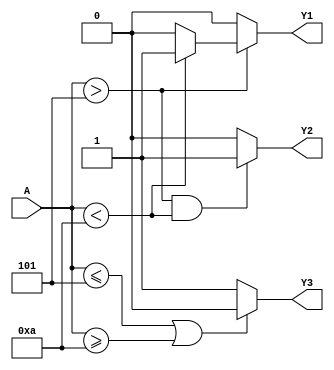
// Ch07 comp_2.v
//  (BlX)

module comp_2 (A, Y1, Y2, Y3);
input  [3:0] A;		// A |J
output Y1,Y2,Y3;	// @X
reg    Y1,Y2,Y3;	// is

// _ if
always@ (A)
  if (A > 5) 
    if (A < 10)   Y1 = 1;
    else          Y1 = 0;
  else            Y1 = 0;

// && BlX
always@ (A)
  if (A > 5 && A < 10)   Y2 = 1;
  else                   Y2 = 0;

// || BlX
always@ (A)
  if (A <= 5 || A >= 10)   Y3 = 0;
  else                     Y3 = 1;
  
endmodule